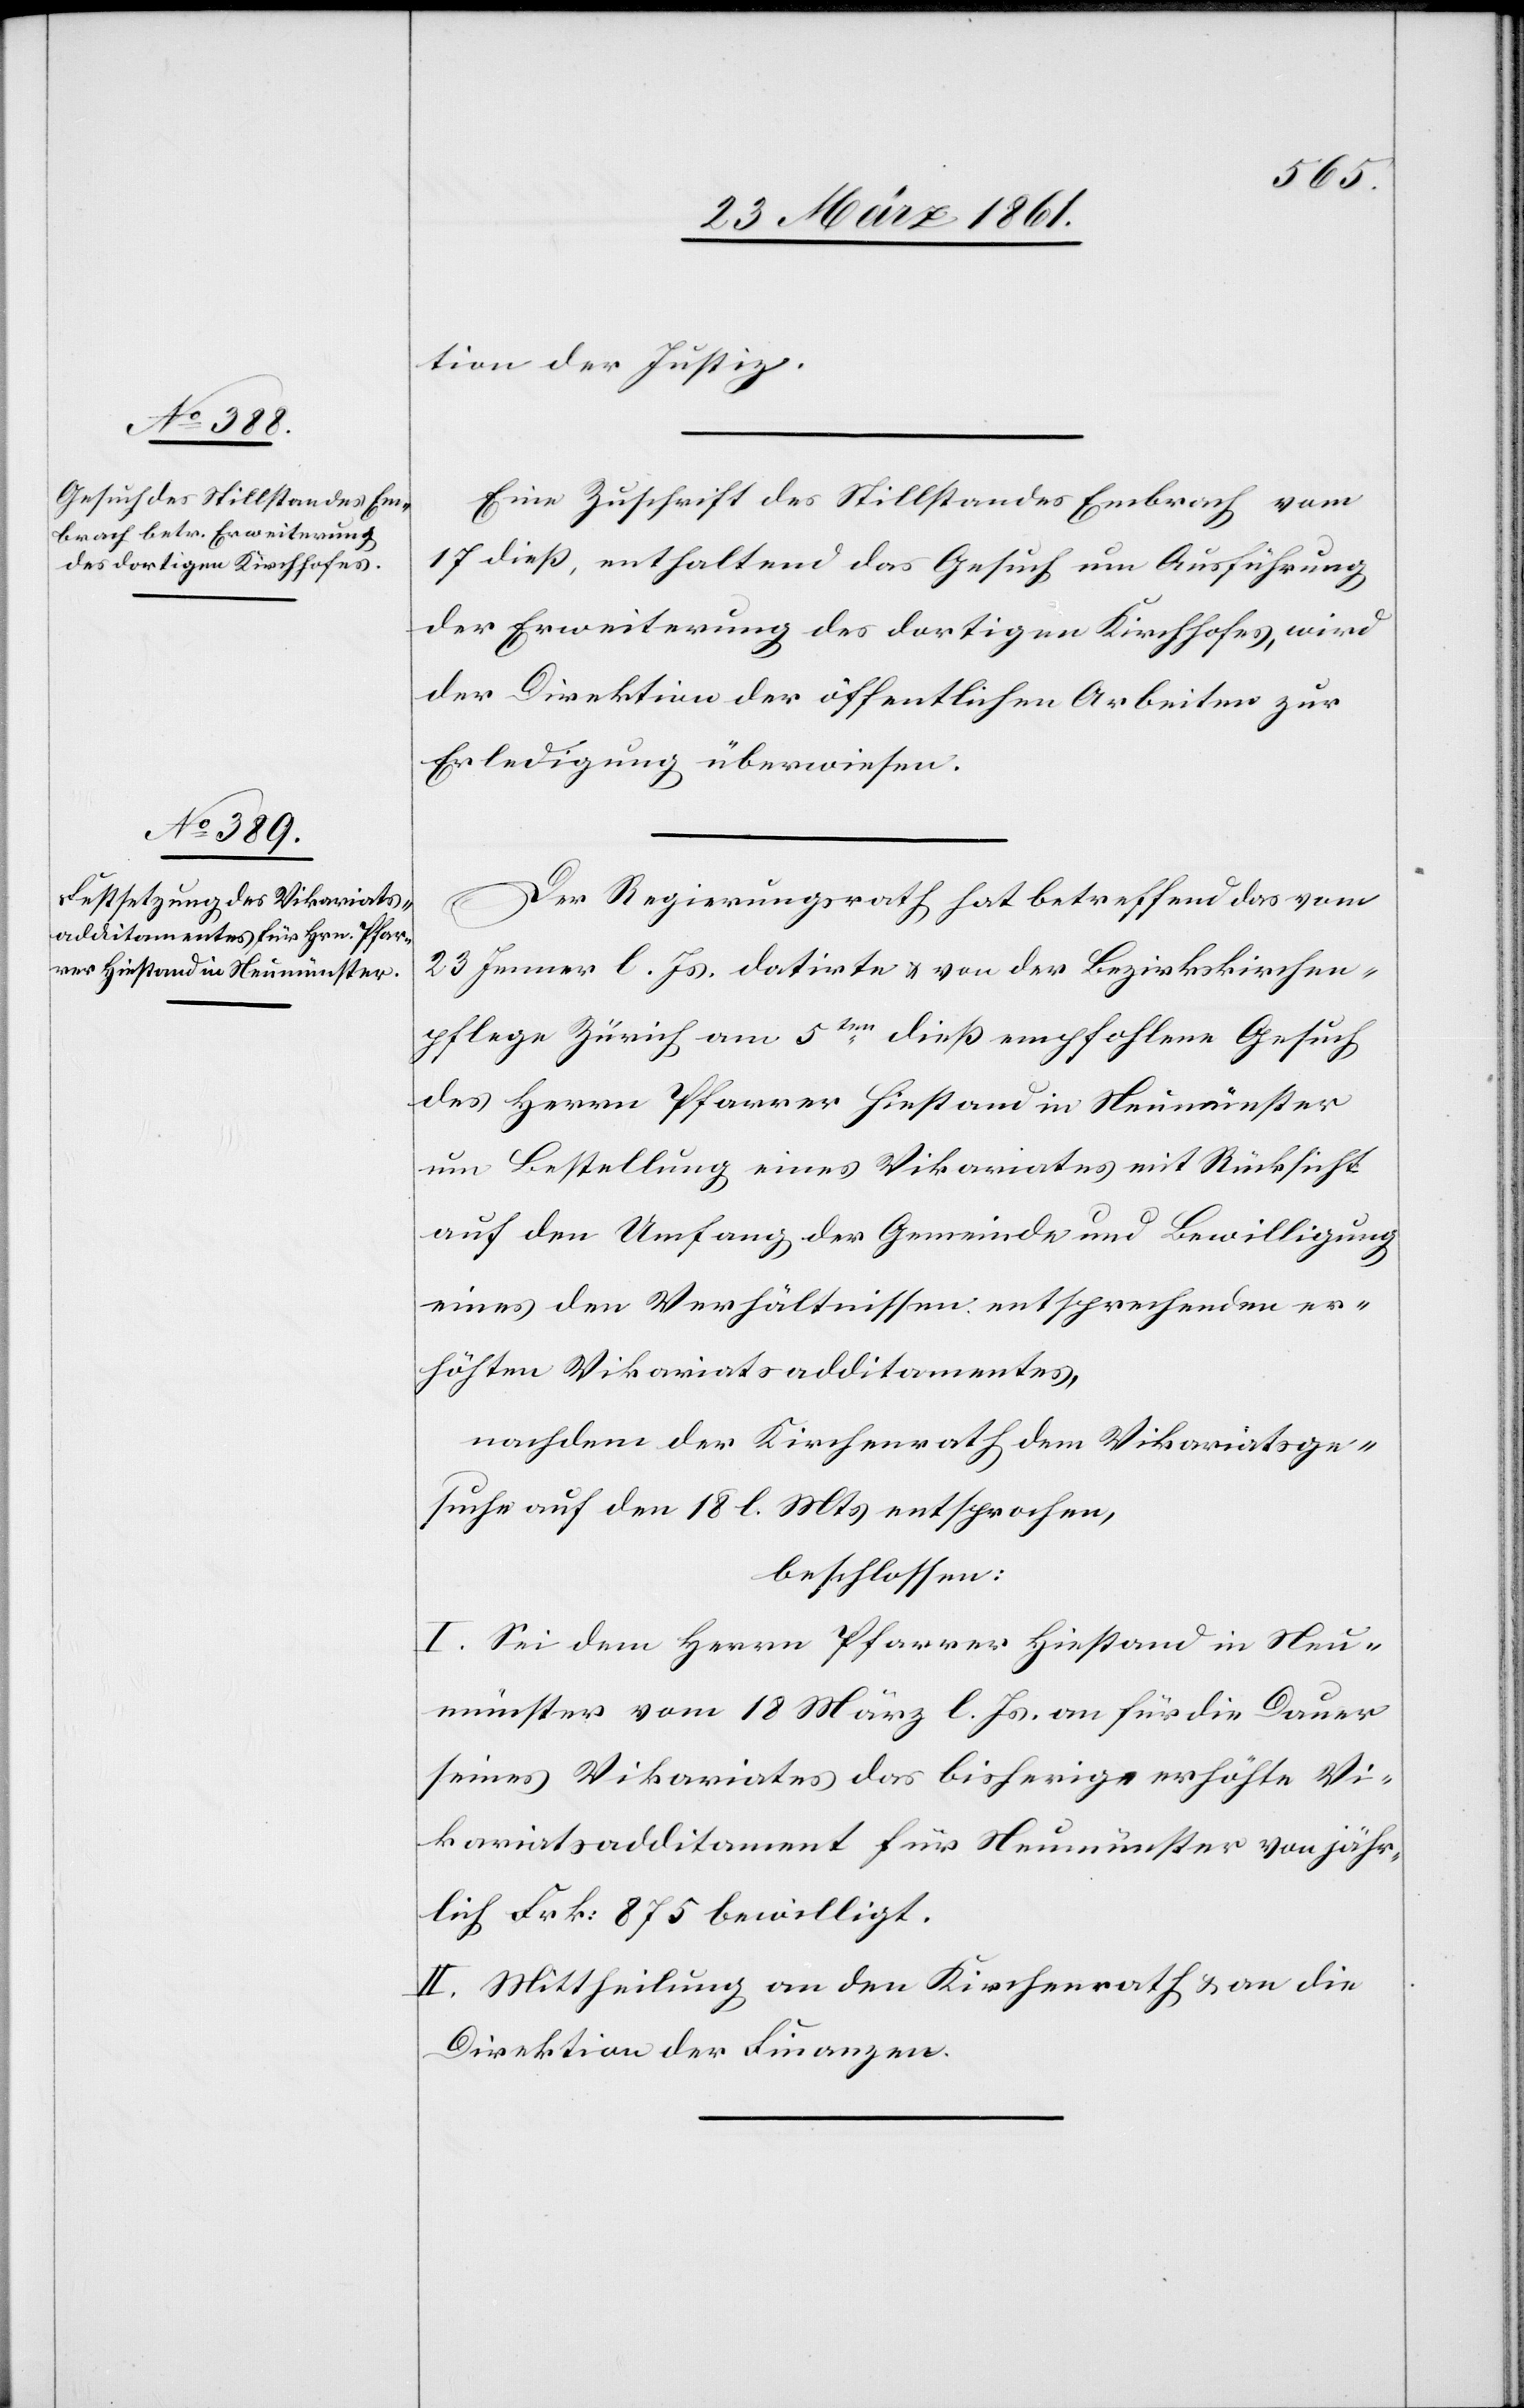
tion der Justiz.
Eine Zuschrift des Stillstandes Embrach vom
17. dieß, enthaltend das Gesuch um Ausführung
der Erweiterung des dortigen Kirchhofes, wird
der Direktion der öffentlichen Arbeiten zur
Erledigung überwiesen.
Der Regierungsrath hat betreffend das vom
23. Jenner l. J. datirte u. von der Bezirkskirchen¬
pflege Zürich am 5ten dieß empfohlene Gesuch
des Herrn Pfarrer Hiestand in Neumünster
um Bestellung eines Vikariates mit Rücksicht
auf den Umfang der Gemeinde und Bewilligung
eines den Verhältnissen entsprechenden er¬
höhten Vikariatsadditamentes,
nachdem der Kirchenrath dem Vikariatsge¬
suche auf den 18. l. Mts. entsprochen,
beschlossen:
I. Sei dem Herrn Pfarrer Hiestand in Neu¬
münster vom 18. März l. Js. an für die Dauer
seines Vikariates das bisherige erhöhte Vi¬
kariatsadditament für Neumünster von jähr¬
liche Frk: 875 bewilligt.
II. Mittheilung an den Kirchenrath u. an die
Direktion der Finanzen.